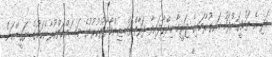
އަދި އެ ތަހުޤީޤަށްފަހު ހަނގުރާމައިގެ ޖަރީމާ ހިންގާފައިވާ ފަރާތްތައް ޒިންމާދާރުކުރުމުގެ މަސައްކަތްކުރާނެކަމުގެ ޔަޤީންކަން